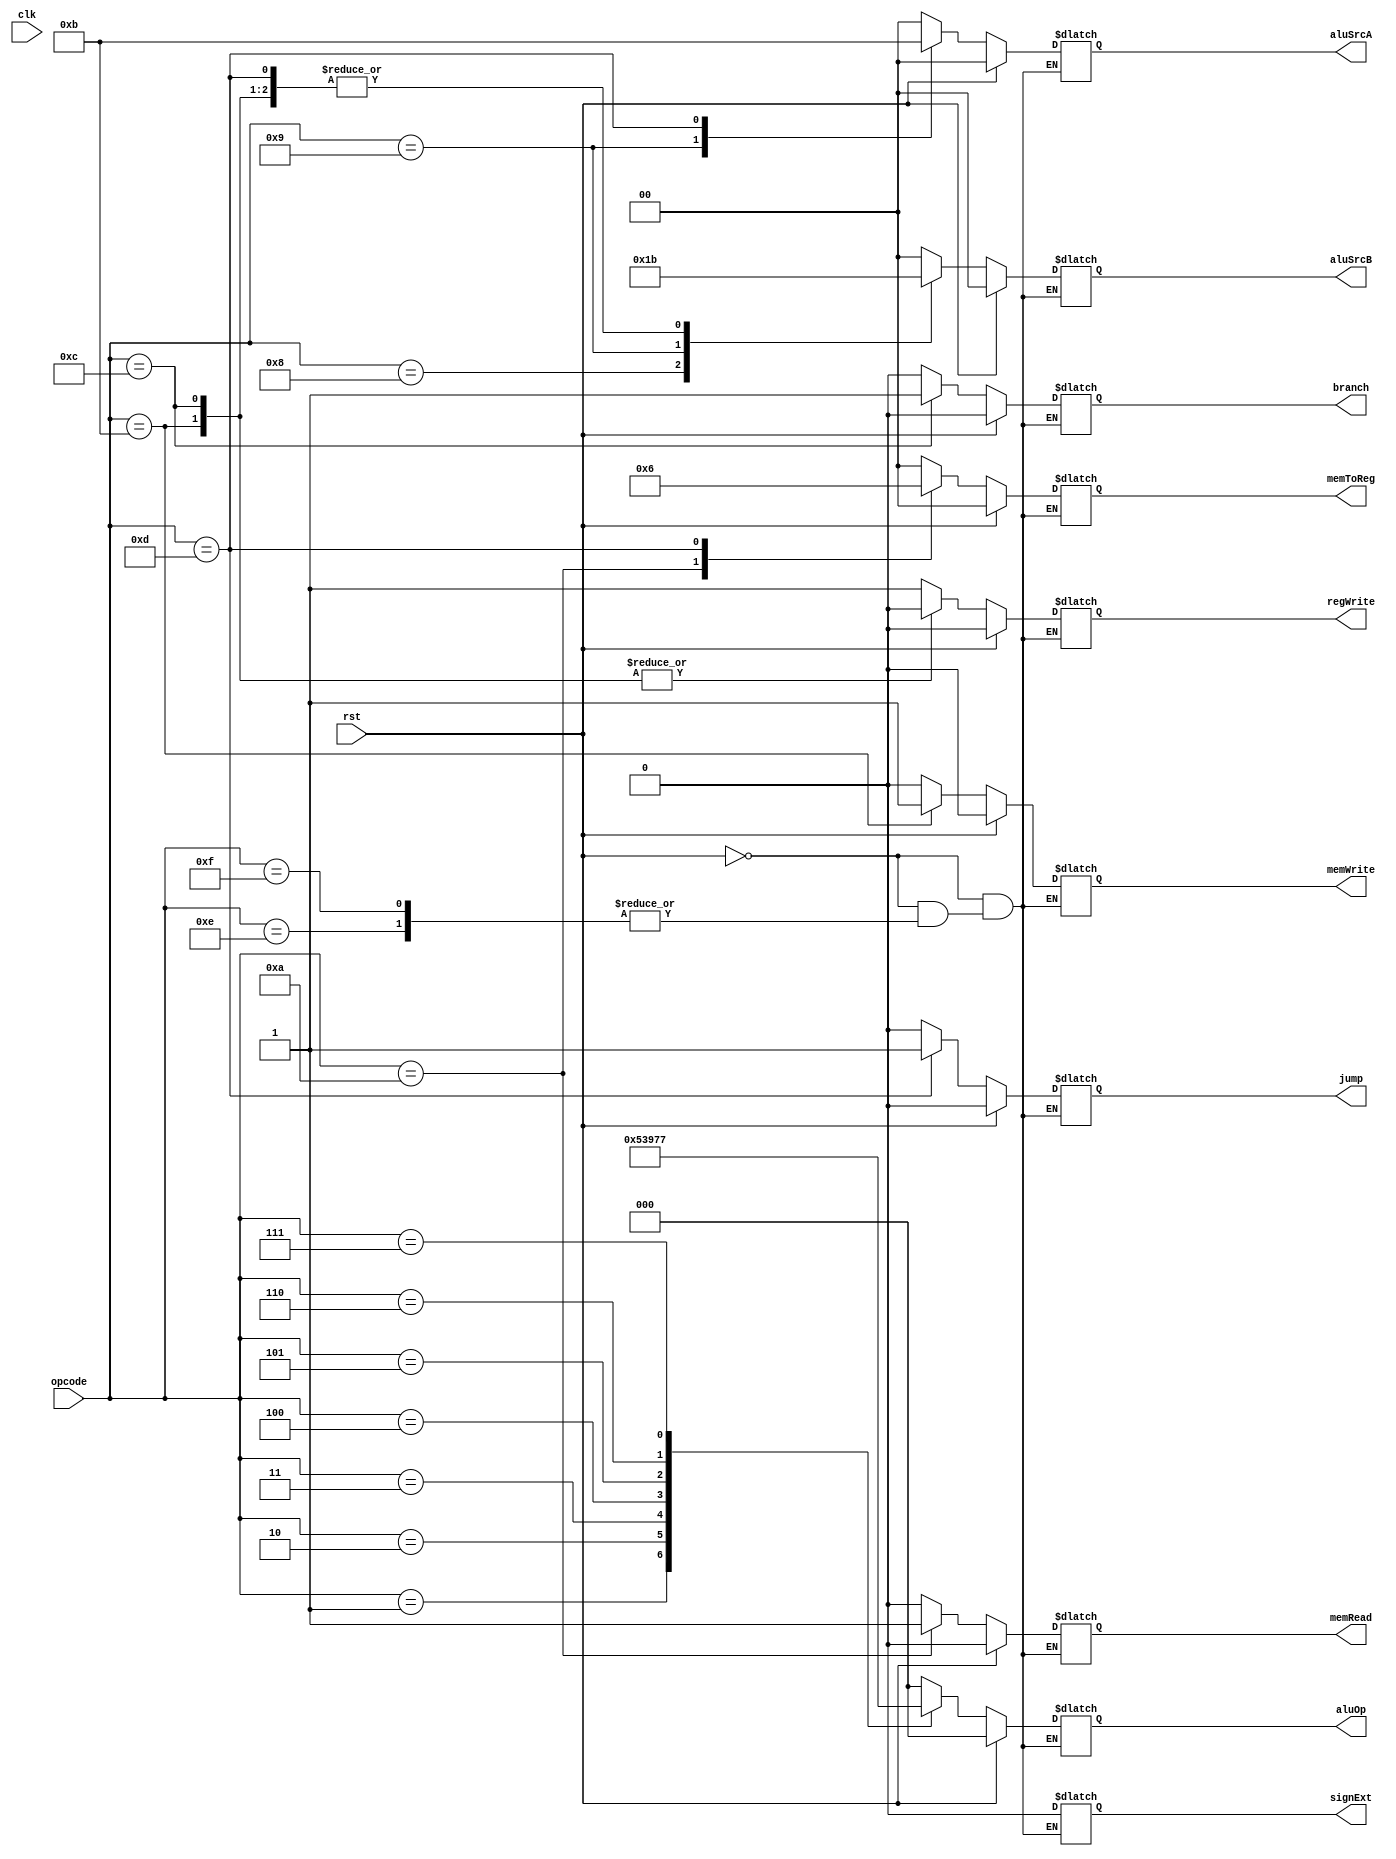
/* Control Unit */

`timescale 1ns/1ns

`ifndef _ctrlunit
`define _ctrlunit

module ctrlunit(
  input clk,                 // clock signal
  input rst,                 // reset signal
  input [3:0] opcode,        // opcode of instruction

  output reg [2:0] aluOp,    // ALU opcode
  output reg [1:0] memToReg, // register to load with memory
  output reg [1:0] aluSrcA,  // ALU operand A source (00=Rs, 01=??,        10=Rs[HI], 11=0)
  output reg [1:0] aluSrcB,  // ALU operand B source (00=Rt, 01=immediate, 10=Rt[LO], 11=0)
  output reg jump,           // jump
  output reg branch,         // branch
  output reg memRead,        // read from memory
  output reg memWrite,       // write to memory
  output reg regWrite,       // write to register
  output reg signExt         // sign extend immediate
);

always @(*) begin

  if(rst == 1'b1) begin
    aluOp = 2'b00;
    memToReg = 2'b0;
    aluSrcA = 2'b0;
    aluSrcB = 2'b0;
    branch = 1'b0;
    jump = 1'b0;
    memRead = 1'b0;
    memWrite = 1'b0;
    regWrite = 1'b0;
    signExt  = 1'b0;
  end
  else begin
    case(opcode)

      // ADD
      4'b0000: begin
        aluOp = 3'b000;   // ADD op
        memToReg = 2'b00; // don't put memory in reg
        aluSrcA = 2'b00;  // use Rs
        aluSrcB = 2'b00;  // use Rt
        branch = 1'b0;    // no branching
        jump = 1'b0;      // no jumping
        memRead = 1'b0;   // no memory read
        memWrite = 1'b0;  // no memory write
        regWrite = 1'b1;  // write ALU result to Rd
        signExt  = 1'b0;  // no sign extending
      end

      // SUB
      4'b0001: begin
        aluOp = 3'b001;   // SUB op
        memToReg = 2'b00; // don't put memory in reg
        aluSrcA = 2'b00;  // use Rs
        aluSrcB = 2'b00;  // use Rt
        branch = 1'b0;    // no branching
        jump = 1'b0;      // no jumping
        memRead = 1'b0;   // no memory read
        memWrite = 1'b0;  // no memory write
        regWrite = 1'b1;  // write ALU result to Rd
        signExt  = 1'b0;  // no sign extending
      end

      // AND
      4'b0010: begin
        aluOp = 3'b010;   // AND op
        memToReg = 2'b00; // don't put memory in reg
        aluSrcA = 2'b00;  // use Rs
        aluSrcB = 2'b00;  // use Rt
        branch = 1'b0;    // no branching
        jump = 1'b0;      // no jumping
        memRead = 1'b0;   // no memory read
        memWrite = 1'b0;  // no memory write
        regWrite = 1'b1;  // write ALU result to Rd
        signExt  = 1'b0;  // no sign extending
      end

      // ORR
      4'b0011: begin
        aluOp = 3'b011;   // ORR op
        memToReg = 2'b00; // don't put memory in reg
        aluSrcA = 2'b00;  // use Rs
        aluSrcB = 2'b00;  // use Rt
        branch = 1'b0;    // no branching
        jump = 1'b0;      // no jumping
        memRead = 1'b0;   // no memory read
        memWrite = 1'b0;  // no memory write
        regWrite = 1'b1;  // write ALU result to Rd
        signExt  = 1'b0;  // no sign extending
      end

      // NOT
      4'b0100: begin
        aluOp = 3'b100;   // NOT op
        memToReg = 2'b00; // don't put memory in reg
        aluSrcA = 2'b00;  // use Rs
        aluSrcB = 2'b00;  // use Rt
        branch = 1'b0;    // no branching
        jump = 1'b0;      // no jumping
        memRead = 1'b0;   // no memory read
        memWrite = 1'b0;  // no memory write
        regWrite = 1'b1;  // write ALU result to Rd
        signExt  = 1'b0;  // no sign extending
      end

      // XOR
      4'b0101: begin
        aluOp = 3'b101;   // XOR op
        memToReg = 2'b00; // don't put memory in reg
        aluSrcA = 2'b00;  // use Rs
        aluSrcB = 2'b00;  // use Rt
        branch = 1'b0;    // no branching
        jump = 1'b0;      // no jumping
        memRead = 1'b0;   // no memory read
        memWrite = 1'b0;  // no memory write
        regWrite = 1'b1;  // write ALU result to Rd
        signExt  = 1'b0;  // no sign extending
      end

      // LSR
      4'b0110: begin
        aluOp = 3'b110;   // ADD op
        memToReg = 2'b00; // don't put memory in reg
        aluSrcA = 2'b00;  // use Rs
        aluSrcB = 2'b00;  // use Rt
        branch = 1'b0;    // no branching
        jump = 1'b0;      // no jumping
        memRead = 1'b0;   // no memory read
        memWrite = 1'b0;  // no memory write
        regWrite = 1'b1;  // write ALU result to Rd
        signExt  = 1'b0;  // no sign extending
      end

      // LSL
      4'b0111: begin
        aluOp = 3'b111;   // ADD op
        memToReg = 2'b00; // don't put memory in reg
        aluSrcA = 2'b00;  // use Rs
        aluSrcB = 2'b00;  // use Rt
        branch = 1'b0;    // no branching
        jump = 1'b0;      // no jumping
        memRead = 1'b0;   // no memory read
        memWrite = 1'b0;  // no memory write
        regWrite = 1'b1;  // write ALU result to Rd
        signExt  = 1'b0;  // no sign extending
      end

      // ADI
      4'b1000: begin
        aluOp = 3'b000;   // ADD op
        memToReg = 2'b00; // don't put memory in reg
        aluSrcA = 2'b00;  // use Rs
        aluSrcB = 2'b01;  // use immediate
        branch = 1'b0;    // no branching
        jump = 1'b0;      // no jumping
        memRead = 1'b0;   // no memory read
        memWrite = 1'b0;  // no memory write
        regWrite = 1'b1;  // write ALU result to Rd
        signExt  = 1'b0;  // no sign extending
      end

      // SWP
      4'b1001: begin
        aluOp = 3'b000;   // Use ADD op to combine bytes
        memToReg = 2'b00; // don't put memory in reg
        aluSrcA = 2'b10;  // use Rs hi byte
        aluSrcB = 2'b10;  // use Rt lo byte
        branch = 1'b0;    // no branching
        jump = 1'b0;      // no jumping
        memRead = 1'b0;   // no memory read
        memWrite = 1'b0;  // no memory write
        regWrite = 1'b1;  // write ALU result to Rd
        signExt  = 1'b0;  // no sign extending
      end

      // LDW
      4'b1010: begin
        aluOp = 3'b000;   // Use ADD op to build address
        memToReg = 2'b01; // load memory into Rd
        aluSrcA = 2'b00;  // use Rs
        aluSrcB = 2'b11;  // use zero
        branch = 1'b0;    // no branching
        jump = 1'b0;      // no jumping
        memRead = 1'b1;   // read from memory
        memWrite = 1'b0;  // no memory write
        regWrite = 1'b1;  // write memory read to Rd
        signExt  = 1'b0;  // no sign extending
      end

      // STW
      4'b1011: begin
        aluOp = 3'b000;   // Use ADD op to build address
        memToReg = 2'b00; // don't put memory in reg
        aluSrcA = 2'b00;  // use Rs
        aluSrcB = 2'b11;  // use zero
        branch = 1'b0;    // no branching
        jump = 1'b0;      // no jumping
        memRead = 1'b0;   // don't read from memory
        memWrite = 1'b1;  // write to memory
        regWrite = 1'b0;  // don't write to Rd
        signExt  = 1'b0;  // no sign extending
      end

      // BRZ
      4'b1100: begin
        aluOp = 3'b000;   // Use ADD op to check zero flag
        memToReg = 2'b00; // don't put memory in reg
        aluSrcA = 2'b00;  // use Rs
        aluSrcB = 2'b11;  // use zero
        branch = 1'b1;    // use branching
        jump = 1'b0;      // no jumping
        memRead = 1'b0;   // don't read from memory
        memWrite = 1'b0;  // don't write to memory
        regWrite = 1'b0;  // don't write to Rd
        signExt  = 1'b0;  // no sign extending
      end

      // JAL
      4'b1101: begin
        aluOp = 3'b000;   // ALU won't be used
        memToReg = 2'b10; // link
        aluSrcA = 2'b11;  // use zero
        aluSrcB = 2'b11;  // use zero
        branch = 1'b0;    // no branching
        jump = 1'b1;      // jump
        memRead = 1'b0;   // no memory read
        memWrite = 1'b0;  // no memory write
        regWrite = 1'b1;  // write PC to link register
        signExt  = 1'b0;  // no sign extending
      end

      // ???
      4'b1110: begin
        // TODO: Unused
      end

      // ???
      4'b1111: begin
        // TODO: Unused
      end
    endcase
  end
end

endmodule

`endif